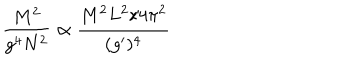
{ \frac { M ^ { 2 } } { g ^ { 4 } N ^ { 2 } } } \propto { \frac { M ^ { 2 } L ^ { 2 } / 4 \pi ^ { 2 } } { ( g ^ { \prime } ) ^ { 4 } } }